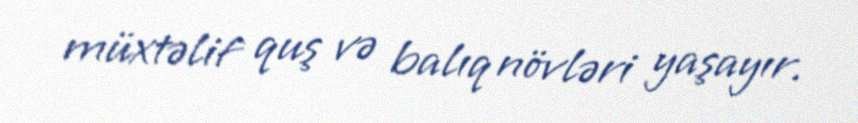
müxtəlif quş və balıq növləri yaşayır.